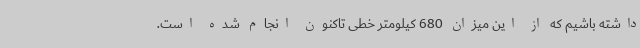
داشته باشیم که از این میزان 680 کیلومتر خطی تاکنون انجام شده است.